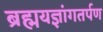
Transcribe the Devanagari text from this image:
ब्रह्मयज्ञांगतर्पण